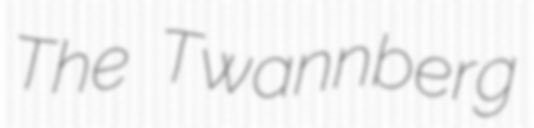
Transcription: The Twannberg